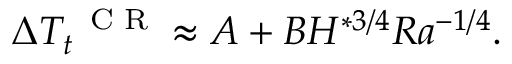
\Delta T _ { t } ^ { \mathrm { ~ \scriptsize ~ C ~ R ~ } } \approx A + B H ^ { * 3 / 4 } R a ^ { - 1 / 4 } .